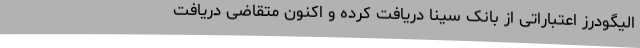
الیگودرز اعتباراتی از بانک سینا دریافت کرده و اکنون متقاضی دریافت